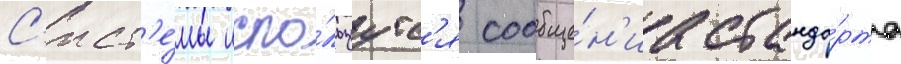
С'ист'е́мы испо́льзуутс'я сообще́н'иа станда́рта